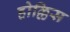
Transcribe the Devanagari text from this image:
होल्लिस